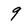
Character: 9